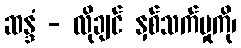
ဆန္ဒံ - လိုချင် နှစ်သက်မှုကို၊